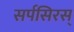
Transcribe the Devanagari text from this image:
सर्पसिरस्